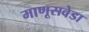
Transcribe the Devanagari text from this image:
माणूसवेडा